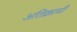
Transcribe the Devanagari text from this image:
अतिक्रामी